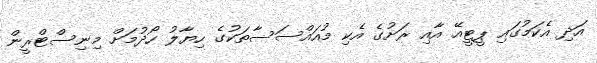
އަދި އެކަމުގައި ޕީޓީއޭ އާއި ރަށުގެ އެކި މުއައްސަސާތަކުގެ ހިޔާލު ހޯދުމަށް މިނިސްޓްރީން